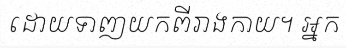
ដោយទាញយកពីរាងកាយ។ អ្នក